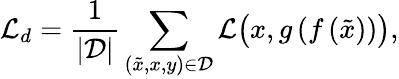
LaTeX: \mathcal{L}_{d}=\frac{1}{\vert\mathcal{D}\vert}\sum_{(\tilde{x},x,y)\in\mathcal{D}}\mathcal{L}\big(x,g\left(f\left(\tilde{x}\right)\right)\big),